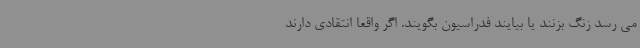
می رسد زنگ بزنند یا بیایند فدراسیون بگویند. اگر واقعا انتقادی دارند